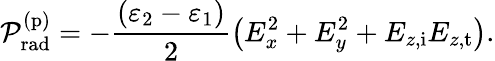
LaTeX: \mathcal{P}_{\mathrm{rad}}^{(\mathrm{p})}=-\frac{(\varepsilon_{2}-\varepsilon_{1})}{2}\left(E_{x}^{2}+E_{y}^{2}+E_{z,\mathrm{i}}E_{z,\mathrm{t}}\right).